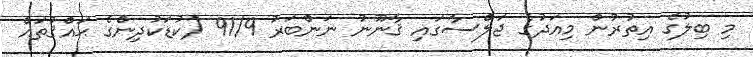
މި ބިލުގެ އިތުރުން މިއަދުގެ ޖަލްސާގައި ޤާނޫނު ނަންބަރު 91/9 (ކުޑަކުދިންގެ ޙައްޤުތައް